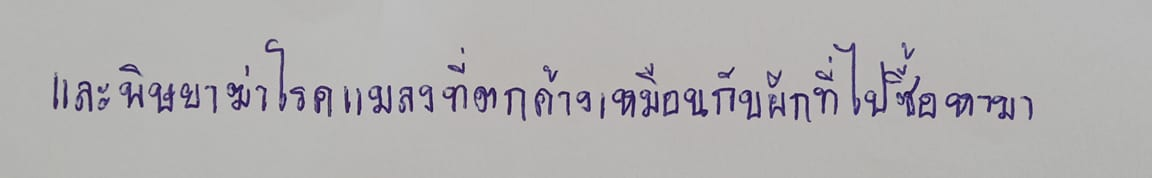
และพิษยาฆ่าโรคแมลงที่ตกค้างเหมือนกับผักที่ไปซื้อหามา